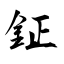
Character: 鉦